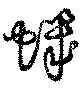
蟣